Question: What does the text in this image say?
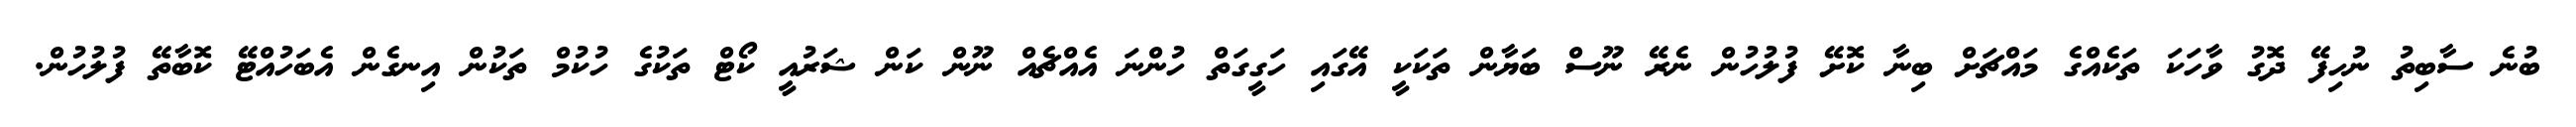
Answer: ބުނެ ސާބިތު ނުހިފޭ ދޮގު ވާހަކަ ތަކެއްގެ މައްޗަށް ބިނާ ކޮށޭ ފުލުހުން ނެރޭ ނޫސް ބަޔާން ތަކަކީ އޭގައި ހަގީގަތް ހުންނަ އެއްޗެއް ނޫން ކަން ޝަރުއީ ކޯޓް ތަކުގެ ހުކުމް ތަކުން އިނގެން އެބަހުއްޓޭ ކޮބާތޭ ފުލުހުން.